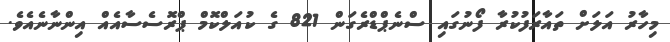
މިހާރު އަލަށް ތައާރަފުކުރާ ފޯނުގައި ސްނެޕްޑްރެގަން 821 ގެ ކުއަލްކޮމް ޕްރޮސެސާއެއް އިންނާނެއެވެ.